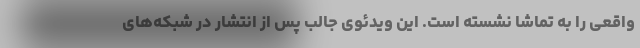
واقعی را به تماشا نشسته است. این ویدئوی جالب پس از انتشار در شبکه‌های